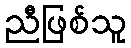
ညီဖြစ်သူ